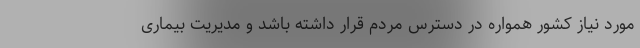
مورد نیاز کشور همواره در دسترس مردم قرار داشته باشد و مدیریت بیماری